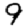
Digit: 9